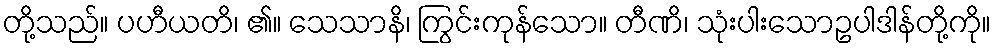
တို့သည်။ ပဟီယတိ၊ ၏။ သေသာနိ၊ ကြွင်းကုန်သော။ တီဏိ၊ သုံးပါးသောဥပါဒါန်တို့ကို။